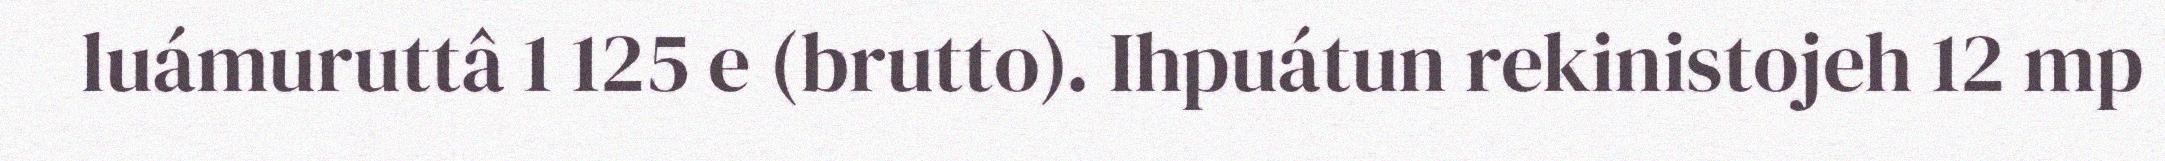
luámuruttâ 1 125 e (brutto). Ihpuátun rekinistojeh 12 mp